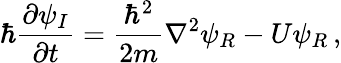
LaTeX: \hbar\frac{\partial\psi_{I}}{\partial t}=\frac{\hbar^{2}}{2m}\nabla^{2}\psi_{R}-U\psi_{R}\, ,